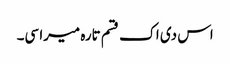
اس دی اک قسم تارہ میرا سی۔